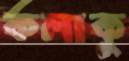
কলাকু